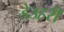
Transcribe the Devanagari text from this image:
डेउहरी